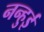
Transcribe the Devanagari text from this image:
नन्हुई